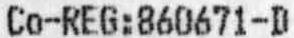
CO-REG:860671-D